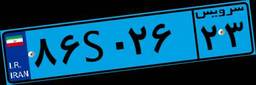
۸۶S۰۲۶۲۳